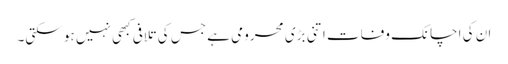
ان کی اچانک وفات اتنی بڑی محرومی ہے جس کی تلافی کبھی نہیں ہو سکتی۔